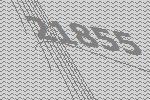
21855